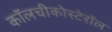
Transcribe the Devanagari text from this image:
कॉलचीकोस्टेरॉल